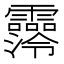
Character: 𩆼